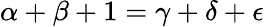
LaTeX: \alpha+\beta+1=\gamma+\delta+\epsilon